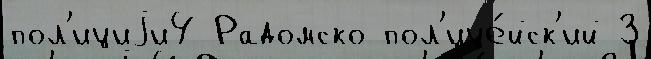
пол'ициjи4 Радомско пол'ице́йск'ий З